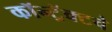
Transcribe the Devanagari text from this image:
कॉन्ट्रॅक्‍टचे